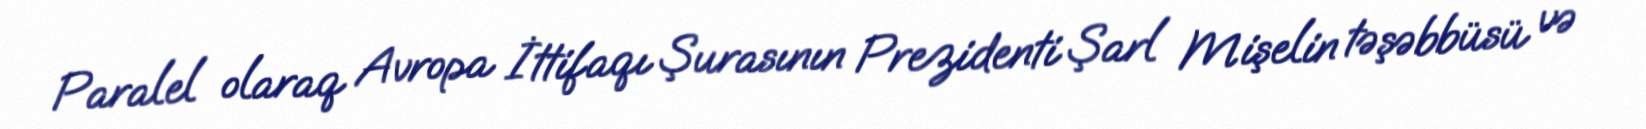
Paralel olaraq Avropa İttifaqı Şurasının Prezidenti Şarl Mişelin təşəbbüsü və